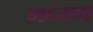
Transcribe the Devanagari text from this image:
मध्यम्